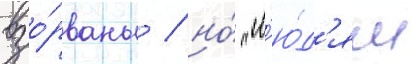
взо́рваны / но́ "л'ю́д'ям